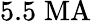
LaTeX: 5.5\; \mathrm{MA}